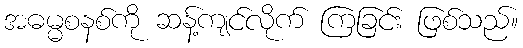
အဓမ္မစနစ်ကို ဆန့်ကျင်လိုက် ကြခြင်း ဖြစ်သည်။